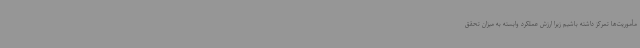
مأموریت‌ها تمرکز داشته باشیم زیرا ارزش عملکرد وابسته به میزان تحقق